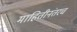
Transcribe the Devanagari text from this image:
माहितीनंतरच